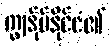
ကျွန်ုပ်နိုင်ငံ၏